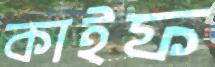
কাইফ